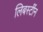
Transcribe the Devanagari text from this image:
लिबर्स्टीन